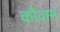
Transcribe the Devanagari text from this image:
कौवाम